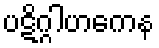
ပဋိဂ္ဂါဟကေန